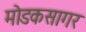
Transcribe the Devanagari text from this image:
मोडकसागर